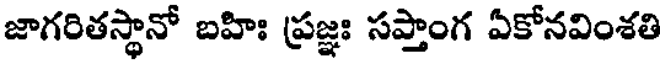
జాగరితస్థానో బహిః ప్రజ్ఞః సప్తాంగ ఏకోనవింశతి